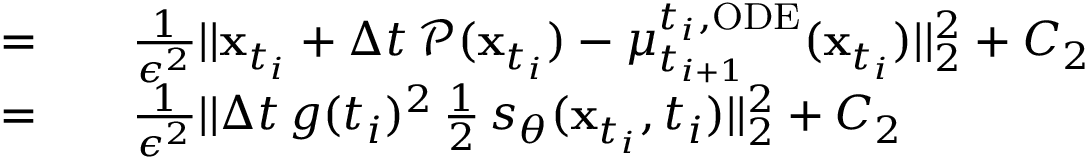
\begin{array} { r l } { = } & { { } \quad \frac { 1 } { \epsilon ^ { 2 } } | | \mathbf { x } _ { t _ { i } } + \Delta t \, \mathcal { P } ( \mathbf { x } _ { t _ { i } } ) - \mu _ { t _ { i + 1 } } ^ { t _ { i } , \mathrm { O D E } } ( \mathbf { x } _ { t _ { i } } ) | | _ { 2 } ^ { 2 } + C _ { 2 } } \\ { = } & { { } \quad \frac { 1 } { \epsilon ^ { 2 } } | | \Delta t \, g ( t _ { i } ) ^ { 2 } \, \frac { 1 } { 2 } \, s _ { \theta } ( \mathbf { x } _ { t _ { i } } , t _ { i } ) | | _ { 2 } ^ { 2 } + C _ { 2 } } \end{array}